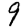
Digit: 9